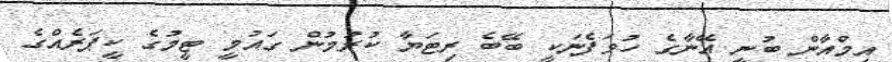
އިމްއާން ބުނީ އޭނާގެ ހުވަފެނަކީ ބޭބެ ރިޓަޔާ ކުރުމުން ގައުމީ ޓީމުގެ ކީޕަރެއްގެ